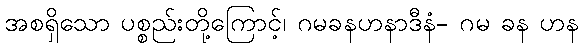
အစရှိသော ပစ္စည်းတို့ကြောင့်၊ ဂမခနဟနာဒီနံ- ဂမ ခန ဟန